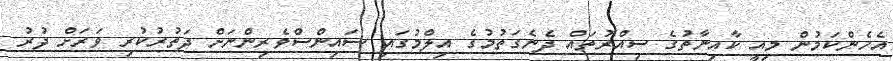
އެހެންކަމުން މިއީ ކާއިނާތުގެ ސިއްރުތައް ދެނެގަތުމުގެ އިލްމުގައި ސައިންސްވެރިންނަށް ދަތުރުކުރި ވަރަށް ދުރު